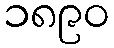
၁၈၉၀